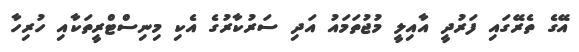
އޭގެ ތެރޭގައި ފަރުދީ އާއިލީ މުޖުތަމައު އަދި ސަރުކާރުގެ އެކި މިނިސްޓްރީތަކާއި ހުރިހާ